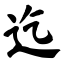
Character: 迄